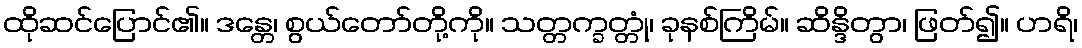
ထိုဆင်ပြောင်၏။ ဒန္တေ၊ စွယ်တော်တို့ကို။ သတ္တက္ခတ္တုံ၊ ခုနစ်ကြိမ်။ ဆိန္ဒိတွာ၊ ဖြတ်၍။ ဟရိ၊